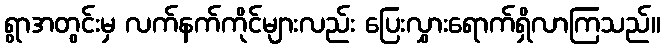
ရွာအတွင်းမှ လက်နက်ကိုင်များလည်း ပြေးလွှားရောက်ရှိလာကြသည်။